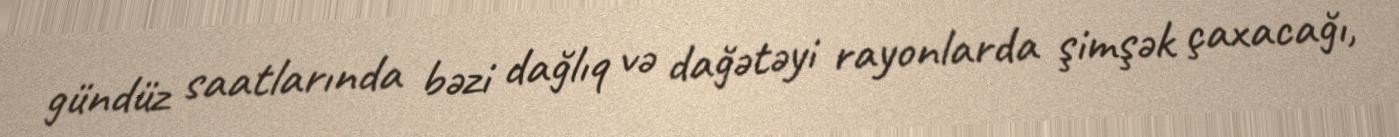
gündüz saatlarında bəzi dağlıq və dağətəyi rayonlarda şimşək çaxacağı,